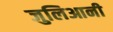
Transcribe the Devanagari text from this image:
जुलिआनी